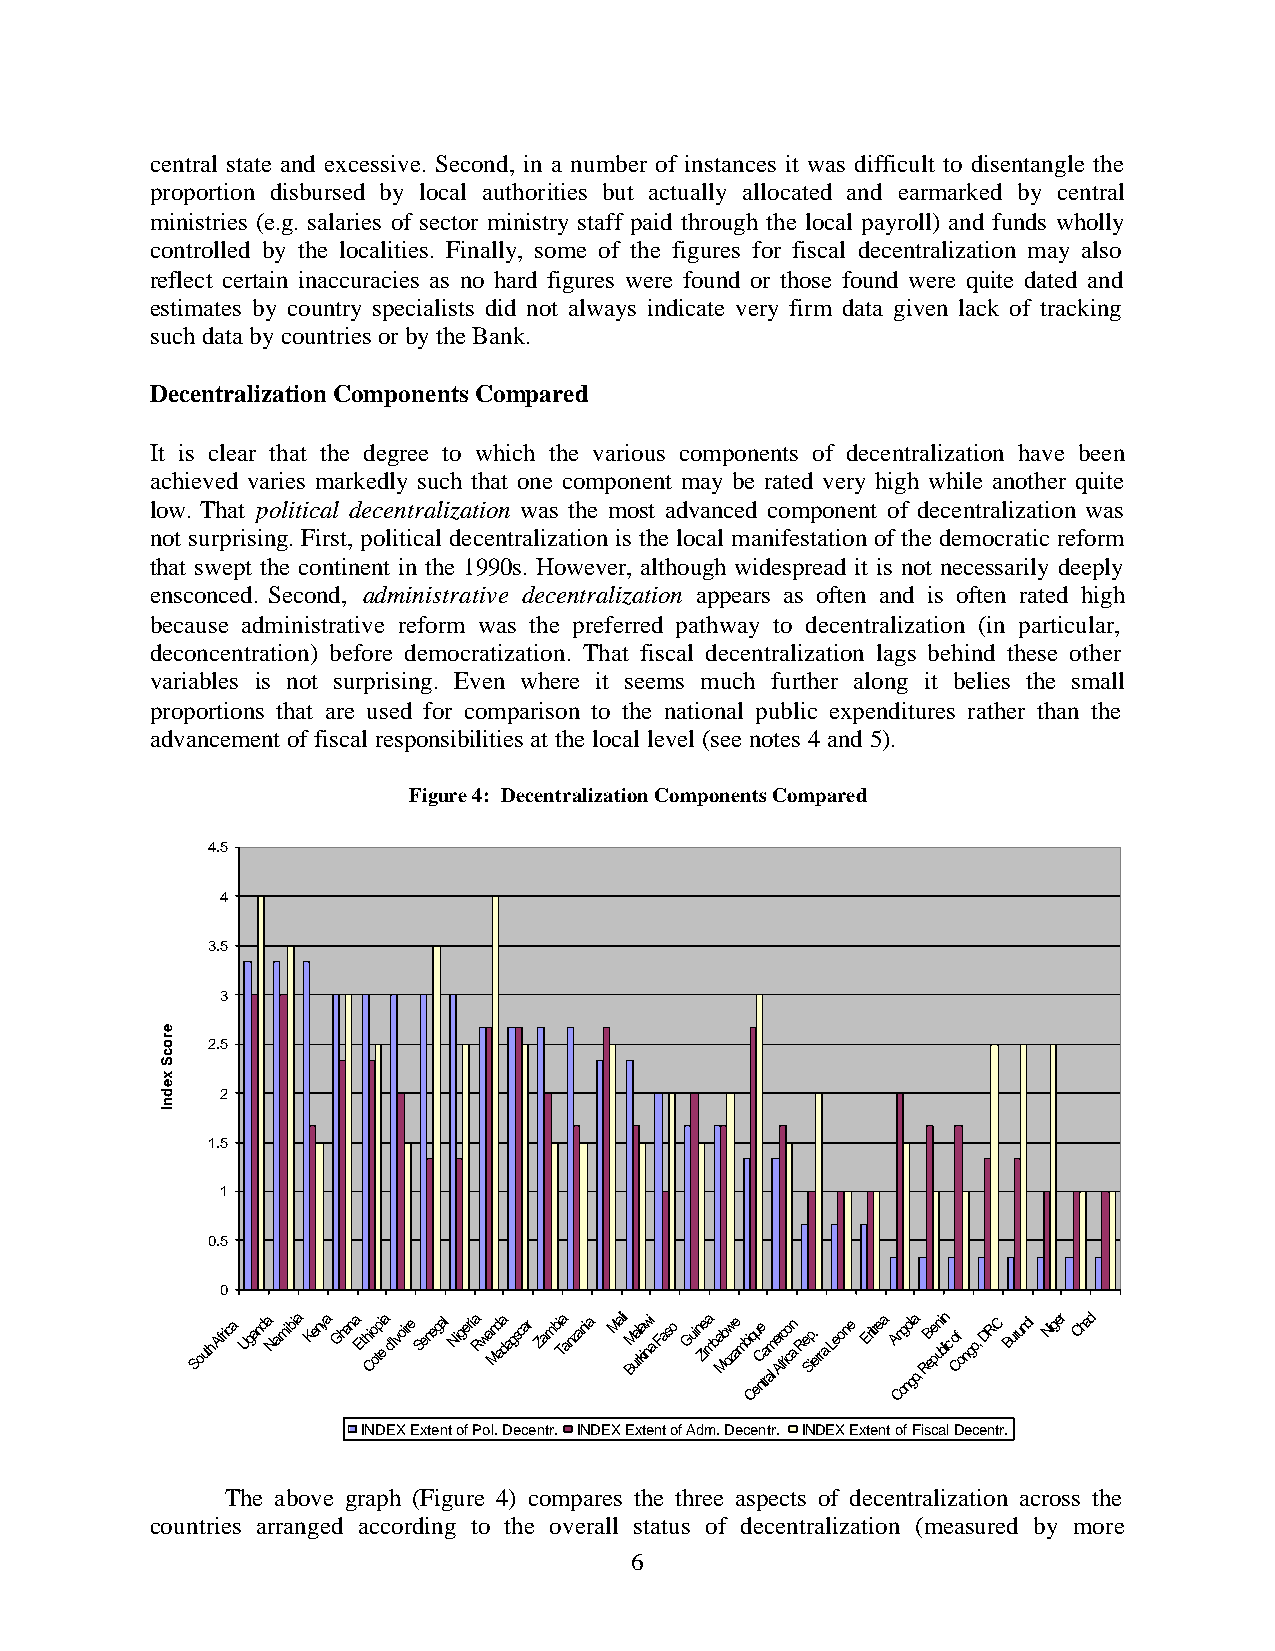
central state and excessive. Second, in a number of instances it was difficult to disentangle the
 proportion disbursed by local authorities but actually allocated and earmarked by central
 ministries (e.g. salaries of sector ministry staff paid through the local payroll) and funds wholly
 controlled by the localities. Finally, some of the figures for fiscal decentralization may also
 reflect certain inaccuracies as no hard figures were found or those found were quite dated and
 estimates by country specialists did not always indicate very firm data given lack of tracking
 such data by countries or by the Bank.
 Decentralization Components Compared
 It is clear that the degree to which the various components of decentralization have been
 achieved varies markedly such that one component may be rated very high while another quite
 low. That political decentralization was the most advanced component of decentralization was
 not surprising. First, political decentralization is the local manifestation of the democratic reform
 that swept the continent in the 1990s. However, although widespread it is not necessarily deeply
 ensconced. Second, administrative decentralization appears as often and is often rated high
 because administrative reform was the preferred pathway to decentralization (in particular,
 deconcentration) before democratization. That fiscal decentralization lags behind these other
 variables is not surprising. Even where it seems much further along it belies the small
 proportions that are used for comparison to the national public expenditures rather than the
 advancement of fiscal responsibilities at the local level (see notes 4 and 5).
 Figure 4: Decentralization Components Compared
 4.5
 4
 3.5
 3
 2.5
 2
 1.5
 1
 0.5
 0
 South Africa Uganda Namibia Kenya Ghana Ethi Co otpi e a d'Ivoire Senegal Nigeria Rwan Md aa dagscar Zambi Ta anzania Mali BM ua rl ka inwi a Faso Guin Ziea mba Mb ow ze ambi Cq eu nCe tra
 al
 me Ar fro io cn a Re Sip. erra Leone Eritrea A Cn og nol ga
 o,
 RB ee puni blin c o Cf ongo, DRC Burundi Niger Chad
 INDEX Extent of Pol. Decentr. INDEX Extent of Adm. Decentr. INDEX Extent of Fiscal Decentr.
 The above graph (Figure 4) compares the three aspects of decentralization across the
 countries arranged according to the overall status of decentralization (measured by more
 6
 erocS
 xednI